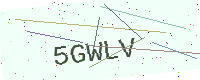
Text: 5GWLV